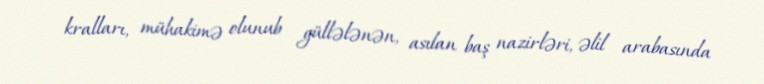
kralları, mühakimə olunub güllələnən, asılan baş nazirləri, əlil arabasında